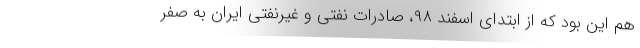
هم این بود که از ابتدای اسفند ۹۸، صادرات نفتی و غیرنفتی ایران به صفر